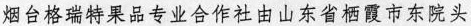
烟台格瑞特果品专业合作社由山东省栖霞市东院头